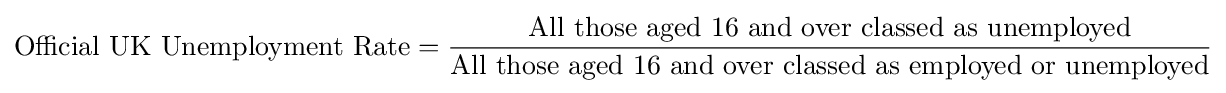
{\mathrm {Official\ UK\ Unemployment\ Rate={\dfrac {All\ those\ aged\ 16\ and\ over\ classed\ as\ unemployed}{All\ those\ aged\ 16\ and\ over\ classed\ as\ employed\ or\ unemployed}}} }